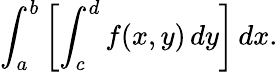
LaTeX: \int_{a}^{b}\left[\int_{c}^{d}f(x,y)\, dy\right]\, dx.